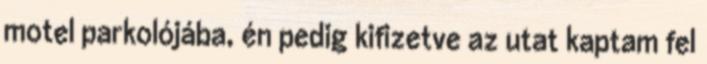
motel parkolójába, én pedig kifizetve az utat kaptam fel